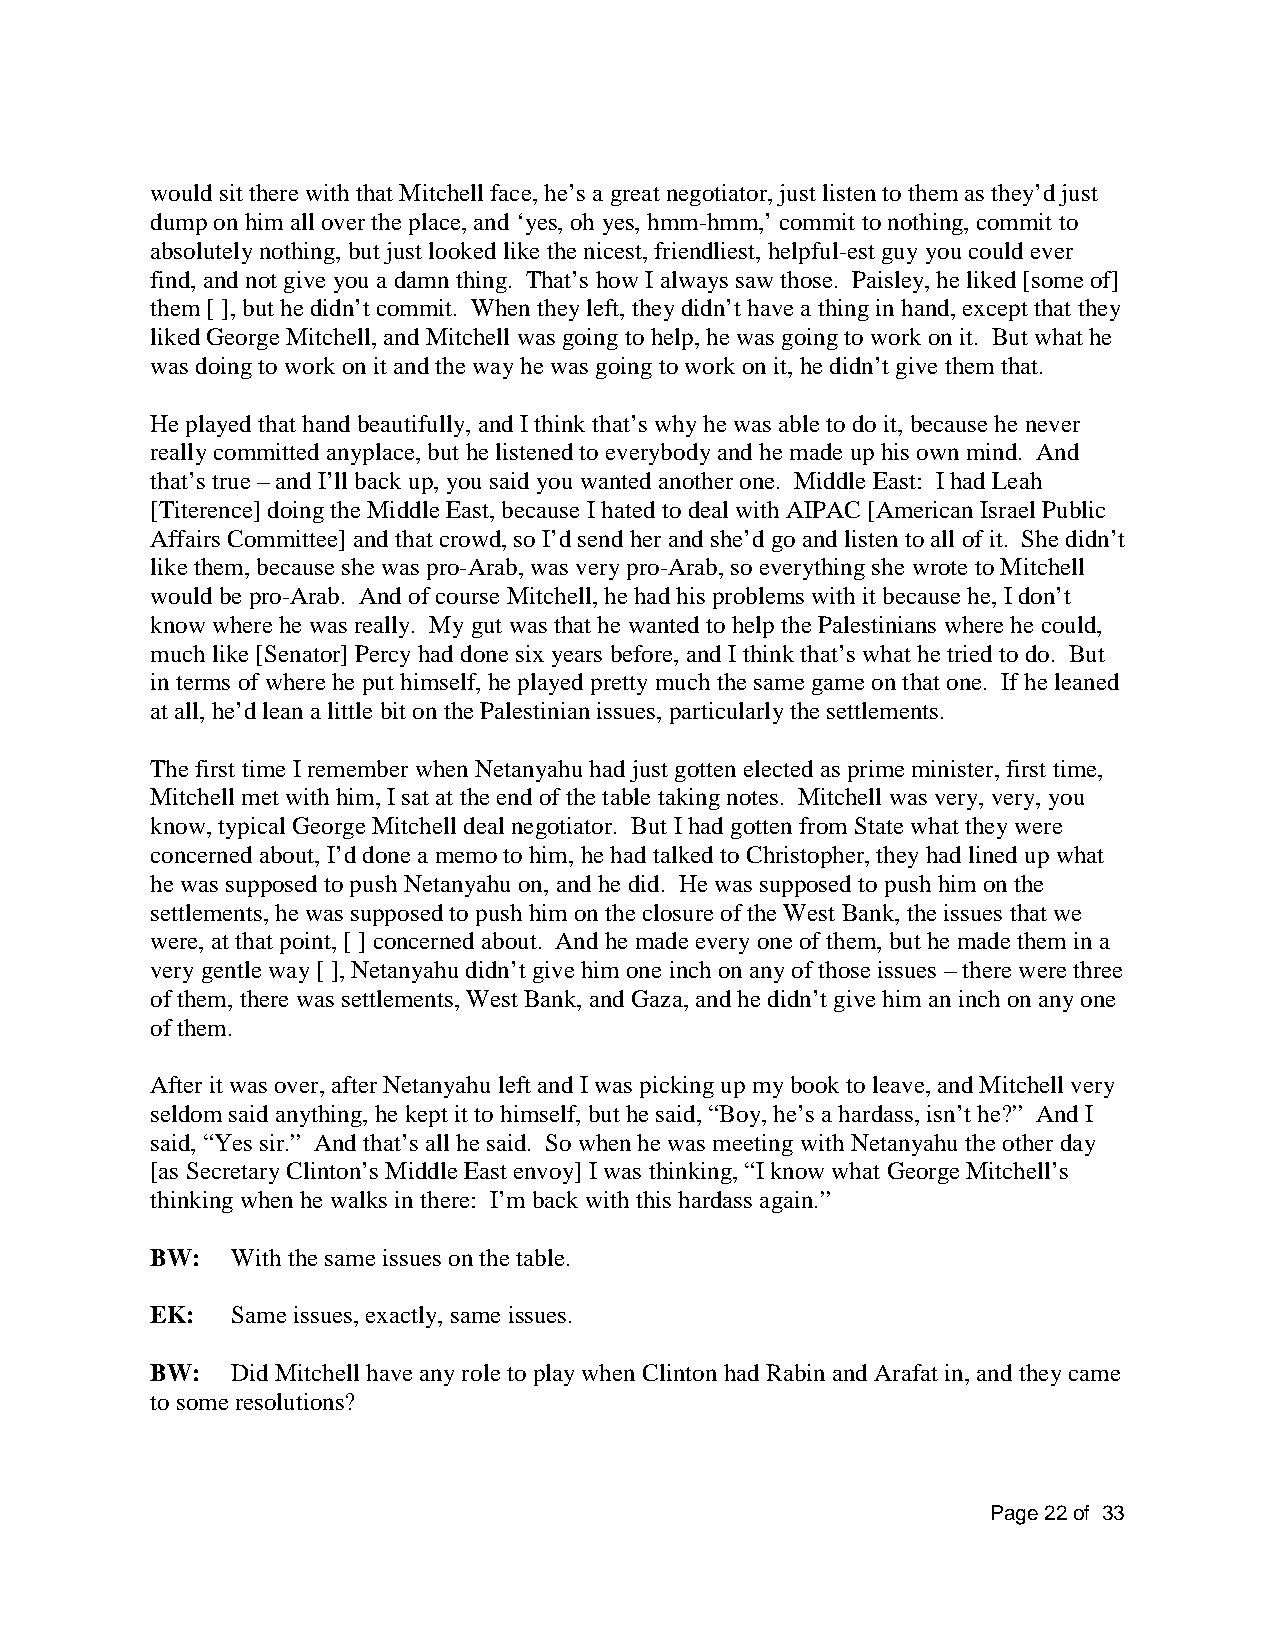
would sit there with that Mitchell face, he’s a great negotiator, just listen to them as they’d just
 dump on him all over the place, and ‘yes, oh yes, hmm-hmm,’ commit to nothing, commit to
 absolutely nothing, but just looked like the nicest, friendliest, helpful-est guy you could ever
 find, and not give you a damn thing. That’s how I always saw those. Paisley, he liked [some of]
 them [ ], but he didn’t commit. When they left, they didn’t have a thing in hand, except that they
 liked George Mitchell, and Mitchell was going to help, he was going to work on it. But what he
 was doing to work on it and the way he was going to work on it, he didn’t give them that.
 He played that hand beautifully, and I think that’s why he was able to do it, because he never
 really committed anyplace, but he listened to everybody and he made up his own mind. And
 that’s true – and I’ll back up, you said you wanted another one. Middle East: I had Leah
 [Titerence] doing the Middle East, because I hated to deal with AIPAC [American Israel Public
 Affairs Committee] and that crowd, so I’d send her and she’d go and listen to all of it. She didn’t
 like them, because she was pro-Arab, was very pro-Arab, so everything she wrote to Mitchell
 would be pro-Arab. And of course Mitchell, he had his problems with it because he, I don’t
 know where he was really. My gut was that he wanted to help the Palestinians where he could,
 much like [Senator] Percy had done six years before, and I think that’s what he tried to do. But
 in terms of where he put himself, he played pretty much the same game on that one. If he leaned
 at all, he’d lean a little bit on the Palestinian issues, particularly the settlements.
 The first time I remember when Netanyahu had just gotten elected as prime minister, first time,
 Mitchell met with him, I sat at the end of the table taking notes. Mitchell was very, very, you
 know, typical George Mitchell deal negotiator. But I had gotten from State what they were
 concerned about, I’d done a memo to him, he had talked to Christopher, they had lined up what
 he was supposed to push Netanyahu on, and he did. He was supposed to push him on the
 settlements, he was supposed to push him on the closure of the West Bank, the issues that we
 were, at that point, [ ] concerned about. And he made every one of them, but he made them in a
 very gentle way [ ], Netanyahu didn’t give him one inch on any of those issues – there were three
 of them, there was settlements, West Bank, and Gaza, and he didn’t give him an inch on any one
 of them.
 After it was over, after Netanyahu left and I was picking up my book to leave, and Mitchell very
 seldom said anything, he kept it to himself, but he said, “Boy, he’s a hardass, isn’t he?” And I
 said, “Yes sir.” And that’s all he said. So when he was meeting with Netanyahu the other day
 [as Secretary Clinton’s Middle East envoy] I was thinking, “I know what George Mitchell’s
 thinking when he walks in there: I’m back with this hardass again.”
 BW:  With the same issues on the table.
 EK:  Same issues, exactly, same issues.
 BW:  Did Mitchell have any role to play when Clinton had Rabin and Arafat in, and they came
 to some resolutions?
 Page 22 of 33